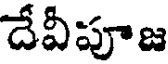
దేవీపూజ